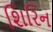
શિરિન